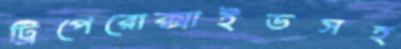
ট্রিপেরোক্সাইডসহ